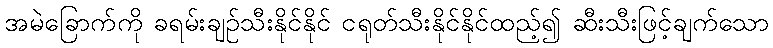
အမဲခြောက်ကို ခရမ်းချဉ်သီးနိုင်နိုင် ငရုတ်သီးနိုင်နိုင်ထည့်၍ ဆီးသီးဖြင့်ချက်သော